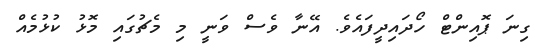
ގިނަ ޕޮއިންޓް ހޯދައިދީފައެވެ. އޭނާ ވެސް ވަނީ މި މެޗުގައި މޮޅު ކުޅުމެއް